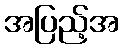
အပြည့်အ